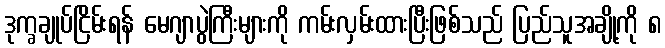
ဒုက္ခချုပ်ငြိမ်းရန် မေဂျာပွဲကြီးများကို ကမ်းလှမ်းထားပြီးဖြစ်သည် ပြည်သူအချို့ကို ၈